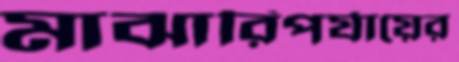
মাঝারিপর্যায়ের